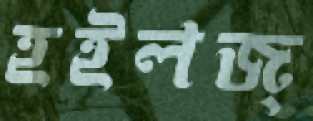
হইলজ্